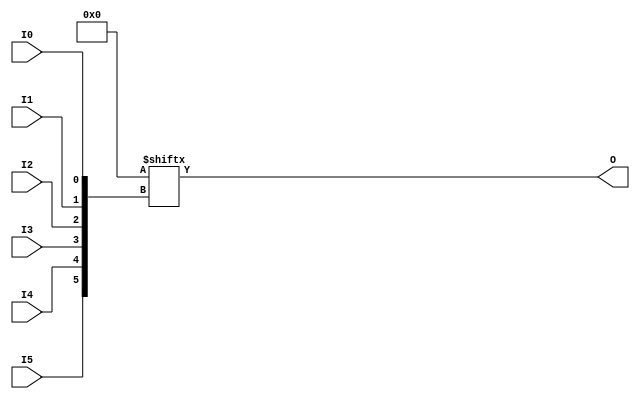
`timescale  1 ps / 1 ps


module LUT6 (O, I0, I1, I2, I3, I4, I5);

  parameter INIT = 64'h0000000000000000;

  input I0, I1, I2, I3, I4, I5;

  output O;

  reg O;
  reg tmp;

  always @( I5 or I4 or I3 or  I2 or  I1 or  I0 )  begin
 
    tmp =  I0 ^ I1  ^ I2 ^ I3 ^ I4 ^ I5;

    if ( tmp == 0 || tmp == 1)

        O = INIT[{I5, I4, I3, I2, I1, I0}];

    else 
    
      O =  lut6_mux8 ( {lut6_mux8 ( INIT[63:56], {I2, I1, I0}),
                          lut6_mux8 ( INIT[55:48], {I2, I1, I0}),
                          lut6_mux8 ( INIT[47:40], {I2, I1, I0}),
                          lut6_mux8 ( INIT[39:32], {I2, I1, I0}),
                          lut6_mux8 ( INIT[31:24], {I2, I1, I0}),
                          lut6_mux8 ( INIT[23:16], {I2, I1, I0}),
                          lut6_mux8 ( INIT[15:8], {I2, I1, I0}),
                          lut6_mux8 ( INIT[7:0], {I2, I1, I0}) }, {I5, I4, I3});
  end

  function lut6_mux8;
  input [7:0] d;
  input [2:0] s;
   
  begin

   if ((s[2]^s[1]^s[0] ==1) || (s[2]^s[1]^s[0] ==0))
           
       lut6_mux8 = d[s];

     else
       if ( ~(|d))
             lut6_mux8 = 1'b0;
       else if ((&d))
             lut6_mux8 = 1'b1;
       else if (((s[1]^s[0] ==1'b1) || (s[1]^s[0] ==1'b0)) && (d[{1'b0,s[1:0]}]==d[{1'b1,s[1:0]}]))
             lut6_mux8 = d[{1'b0,s[1:0]}];
       else if (((s[2]^s[0] ==1) || (s[2]^s[0] ==0)) && (d[{s[2],1'b0,s[0]}]==d[{s[2],1'b1,s[0]}]))
             lut6_mux8 = d[{s[2],1'b0,s[0]}];
       else if (((s[2]^s[1] ==1) || (s[2]^s[1] ==0)) && (d[{s[2],s[1],1'b0}]==d[{s[2],s[1],1'b1}]))
             lut6_mux8 = d[{s[2],s[1],1'b0}];
       else if (((s[0] ==1) || (s[0] ==0)) && (d[{1'b0,1'b0,s[0]}]==d[{1'b0,1'b1,s[0]}]) &&
          (d[{1'b0,1'b0,s[0]}]==d[{1'b1,1'b0,s[0]}]) && (d[{1'b0,1'b0,s[0]}]==d[{1'b1,1'b1,s[0]}]))
             lut6_mux8 = d[{1'b0,1'b0,s[0]}];
       else if (((s[1] ==1) || (s[1] ==0)) && (d[{1'b0,s[1],1'b0}]==d[{1'b0,s[1],1'b1}]) &&
          (d[{1'b0,s[1],1'b0}]==d[{1'b1,s[1],1'b0}]) && (d[{1'b0,s[1],1'b0}]==d[{1'b1,s[1],1'b1}]))
             lut6_mux8 = d[{1'b0,s[1],1'b0}];
       else if (((s[2] ==1) || (s[2] ==0)) && (d[{s[2],1'b0,1'b0}]==d[{s[2],1'b0,1'b1}]) &&
          (d[{s[2],1'b0,1'b0}]==d[{s[2],1'b1,1'b0}]) && (d[{s[2],1'b0,1'b0}]==d[{s[2],1'b1,1'b1}]))
             lut6_mux8 = d[{s[2],1'b0,1'b0}];
       else
             lut6_mux8 = 1'bx;
   end
  endfunction

endmodule